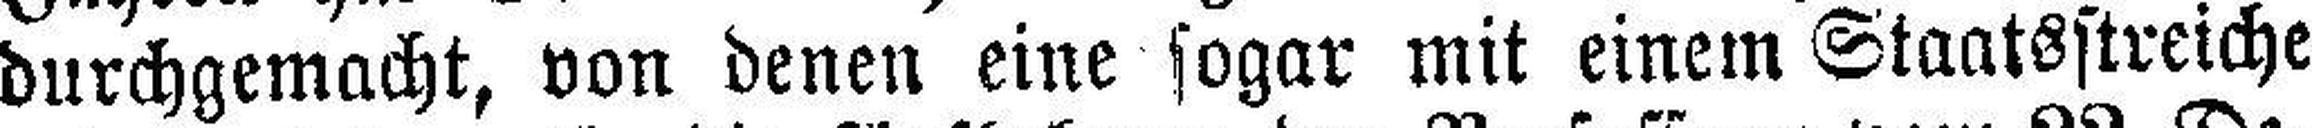
durchgemacht, von denen eine sogar mit einem Staatsstreiche